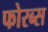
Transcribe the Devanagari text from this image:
फोरब्स